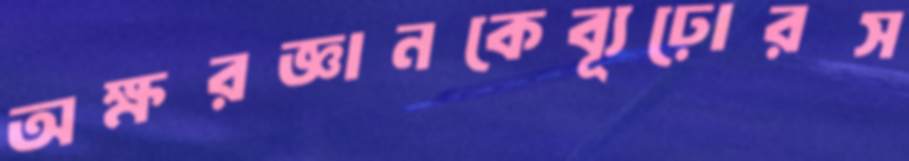
অক্ষরজ্ঞানকেব্যূঢ়োরস